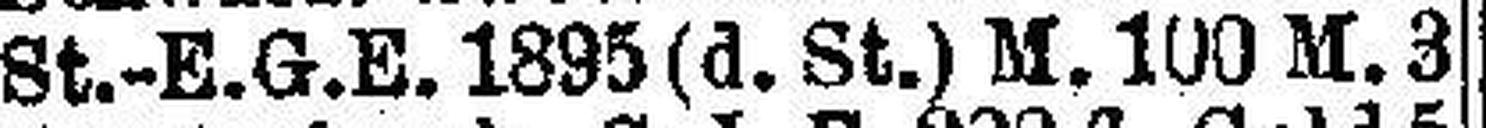
St.-E.G.E. 1895 (d. St.) M. 100 M. 3